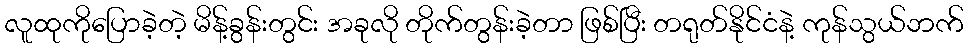
လူထုကိုပြောခဲ့တဲ့ မိန့်ခွန်းတွင်း အခုလို တိုက်တွန်းခဲ့တာ ဖြစ်ပြီး တရုတ်နိုင်ငံနဲ့ ကုန်သွယ်ဘက်